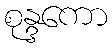
စုန္ဒကော